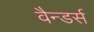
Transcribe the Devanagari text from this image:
वैन्डर्स